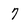
Character: 7